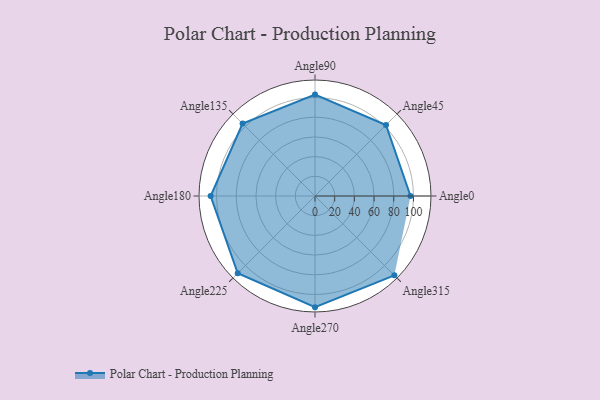
{"axis": {"x": "Angle", "y": "Radius"}, "legend": [""], "data": [{"x": "Angle0", "y": 97.0, "type": ""}, {"x": "Angle45", "y": 102.0, "type": ""}, {"x": "Angle90", "y": 103.0, "type": ""}, {"x": "Angle135", "y": 104.0, "type": ""}, {"x": "Angle180", "y": 106.0, "type": ""}, {"x": "Angle225", "y": 111.0, "type": ""}, {"x": "Angle270", "y": 113.0, "type": ""}, {"x": "Angle315", "y": 114.0, "type": ""}]}